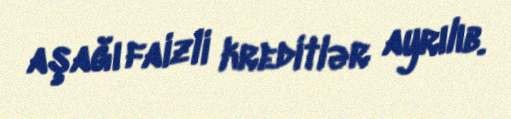
aşağı faizli kreditlər ayrılıb.